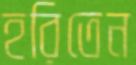
হরিতেন